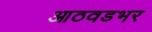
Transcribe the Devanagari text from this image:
आठवडभर